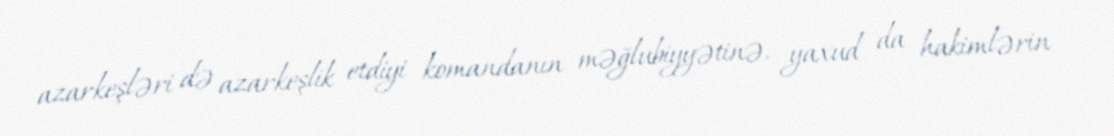
azarkeşləri də azarkeşlik etdiyi komandanın məğlubiyyətinə, yaxud da hakimlərin